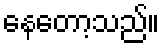
နေတော့သည်။